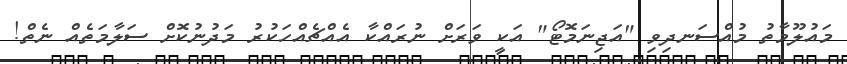
މައުލޫމާތު މުއްސަނދިވި "އަޖިނަމޮޓޯ" އަކީ ވަރަށް ނުރައްކާ އެއްޗެއްހަކުރު މަދުނުކޮށް ސަލާމަތެއް ނެތް!